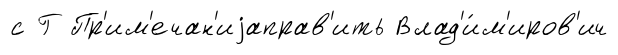
с Г Пр'им'ечан'иjаправ'ить Влад'и́м'иров'ич